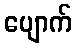
ပျောက်